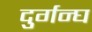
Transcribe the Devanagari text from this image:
दुर्गन्घ